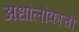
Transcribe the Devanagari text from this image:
अधोलोकाची